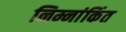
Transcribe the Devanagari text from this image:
निम्नांकिंत